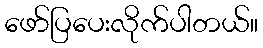
ဖော်ပြပေးလိုက်ပါတယ်။